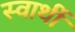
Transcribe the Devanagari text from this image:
स्‍वार्थी